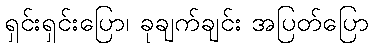
ရှင်းရှင်းပြော၊ ခုချက်ချင်း အပြတ်ပြော